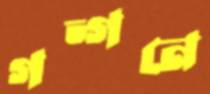
গন্‌গনে